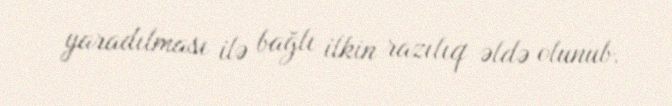
yaradılması ilə bağlı ilkin razılıq əldə olunub.